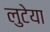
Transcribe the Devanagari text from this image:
लुटेया